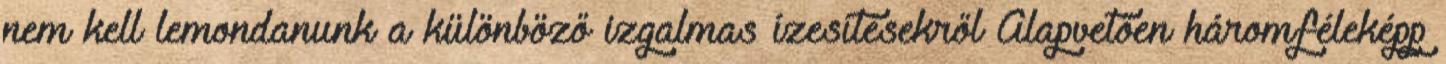
nem kell lemondanunk a különböző izgalmas ízesítésekről Alapvetően háromféleképp